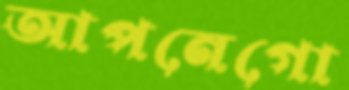
আপনেগো